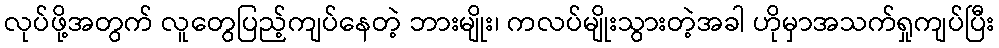
လုပ်ဖို့အတွက် လူတွေပြည့်ကျပ်နေတဲ့ ဘားမျိုး၊ ကလပ်မျိုးသွားတဲ့အခါ ဟိုမှာအသက်ရှုကျပ်ပြီး